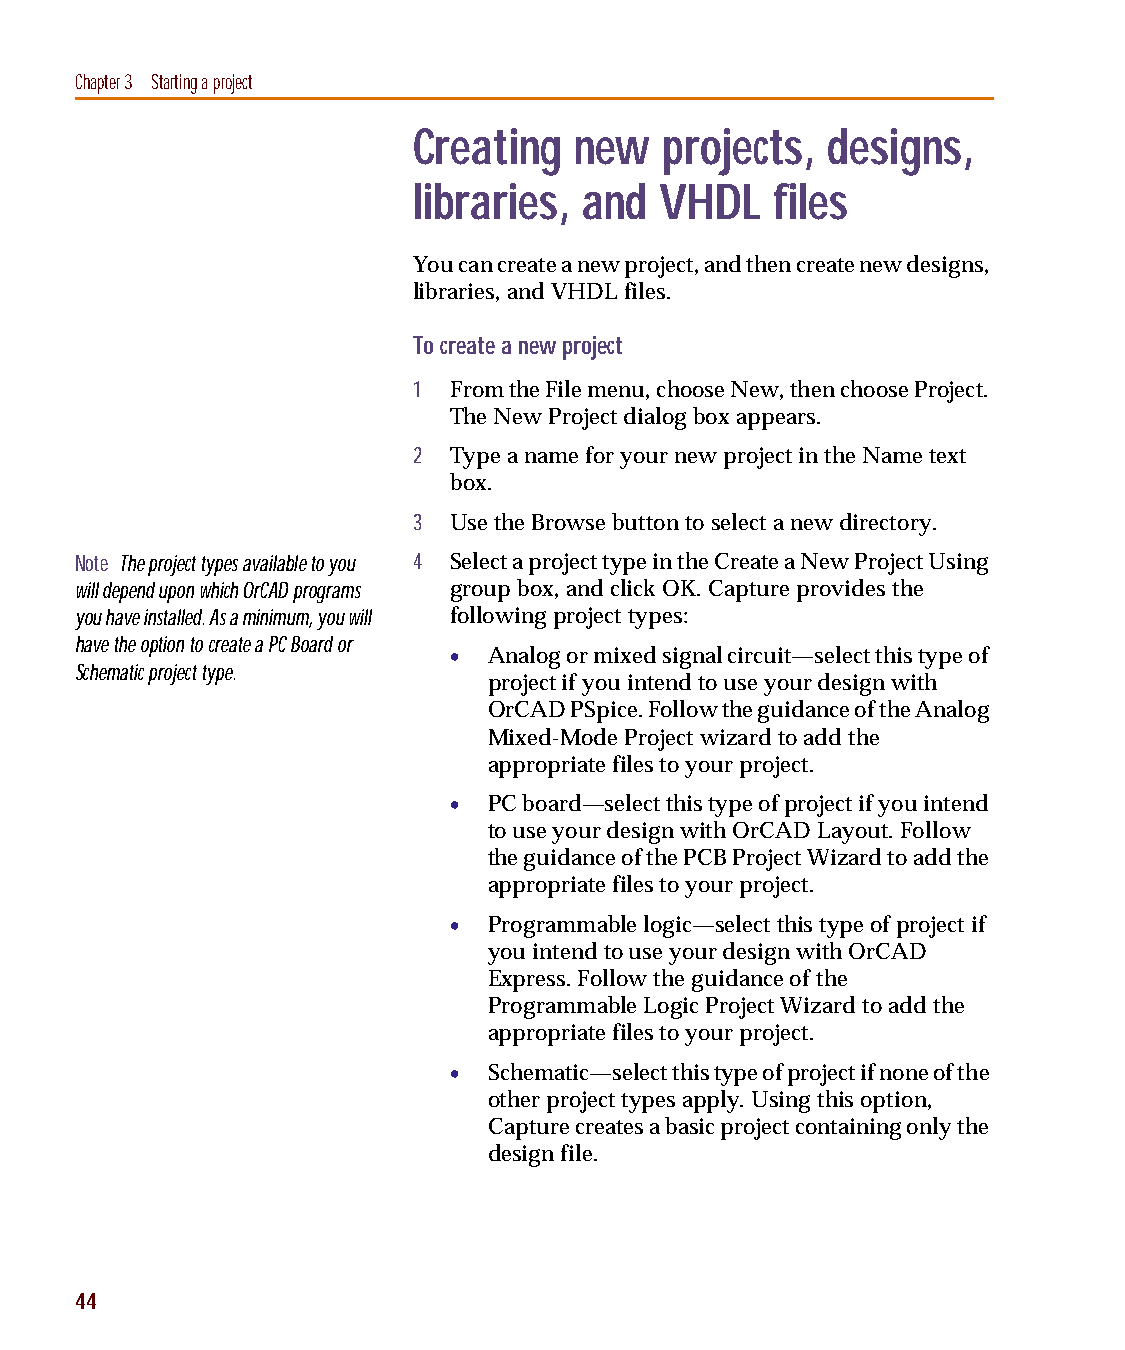
capug.book Page 44 Thursday, November 12, 1998 3:38 PM
 Chapter 3 Starting a project
 Creating   new   projects,  designs,
 libraries,  and  VHDL   files
 You can create a new project, and then create new designs,
 libraries, and VHDL files.
 To create a new project
 1  From the File menu, choose New, then choose Project.
 The New Project dialog box appears.
 2  Type a name for your new project in the Name text
 box.
 3  Use the Browse button to select a new directory.
 Note The project types available to you 4 Select a project type in the Create a New Project Using
 will depend upon which OrCAD programs group box, and click OK. Capture provides the
 you have installed. As a minimum, you will following project types:
 have the option to create a PC Board or
 • Analog or mixed signal circuit—select this type of
 Schematic project type.
 project if you intend to use your design with
 OrCAD PSpice. Follow the guidance of the Analog
 Mixed-Mode Project wizard to add the
 appropriate files to your project.
 • PC board—select this type of project if you intend
 to use your design with OrCAD Layout. Follow
 the guidance of the PCB Project Wizard to add the
 appropriate files to your project.
 • Programmable logic—select this type of project if
 you intend to use your design with OrCAD
 Express. Follow the guidance of the
 Programmable Logic Project Wizard to add the
 appropriate files to your project.
 • Schematic—select this type of project if none of the
 other project types apply. Using this option,
 Capture creates a basic project containing only the
 design file.
 44